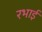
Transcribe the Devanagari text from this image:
रभाई